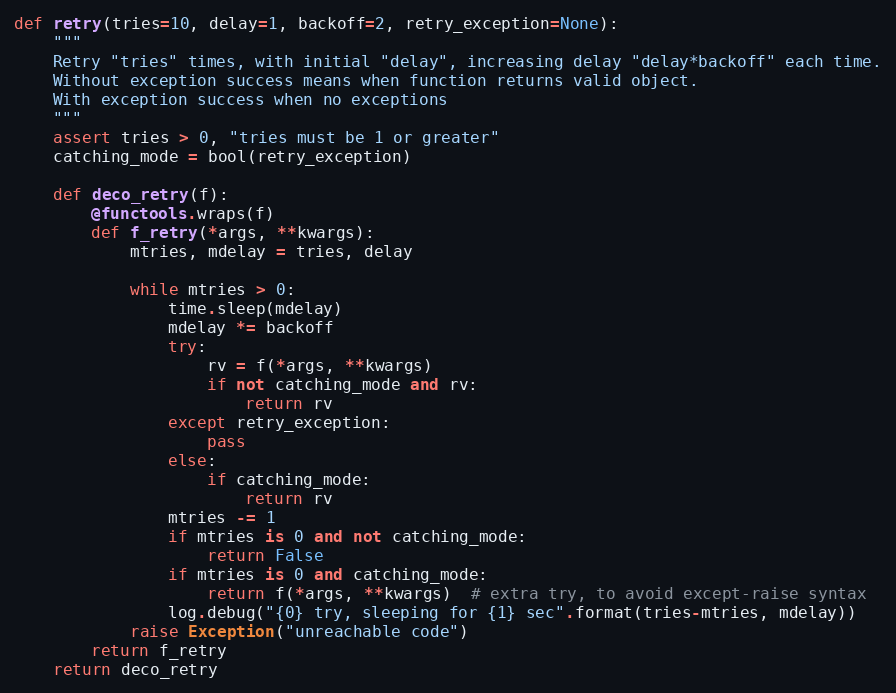
Language: Python
def retry(tries=10, delay=1, backoff=2, retry_exception=None):
    """
    Retry "tries" times, with initial "delay", increasing delay "delay*backoff" each time.
    Without exception success means when function returns valid object.
    With exception success when no exceptions
    """
    assert tries > 0, "tries must be 1 or greater"
    catching_mode = bool(retry_exception)

    def deco_retry(f):
        @functools.wraps(f)
        def f_retry(*args, **kwargs):
            mtries, mdelay = tries, delay

            while mtries > 0:
                time.sleep(mdelay)
                mdelay *= backoff
                try:
                    rv = f(*args, **kwargs)
                    if not catching_mode and rv:
                        return rv
                except retry_exception:
                    pass
                else:
                    if catching_mode:
                        return rv
                mtries -= 1
                if mtries is 0 and not catching_mode:
                    return False
                if mtries is 0 and catching_mode:
                    return f(*args, **kwargs)  # extra try, to avoid except-raise syntax
                log.debug("{0} try, sleeping for {1} sec".format(tries-mtries, mdelay))
            raise Exception("unreachable code")
        return f_retry
    return deco_retry